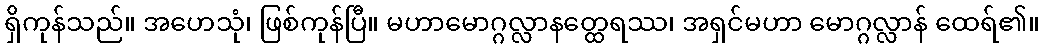
ရှိကုန်သည်။ အဟေသုံ၊ ဖြစ်ကုန်ပြီ။ မဟာမောဂ္ဂလ္လာနတ္ထေရဿ၊ အရှင်မဟာ မောဂ္ဂလ္လာန် ထေရ်၏။